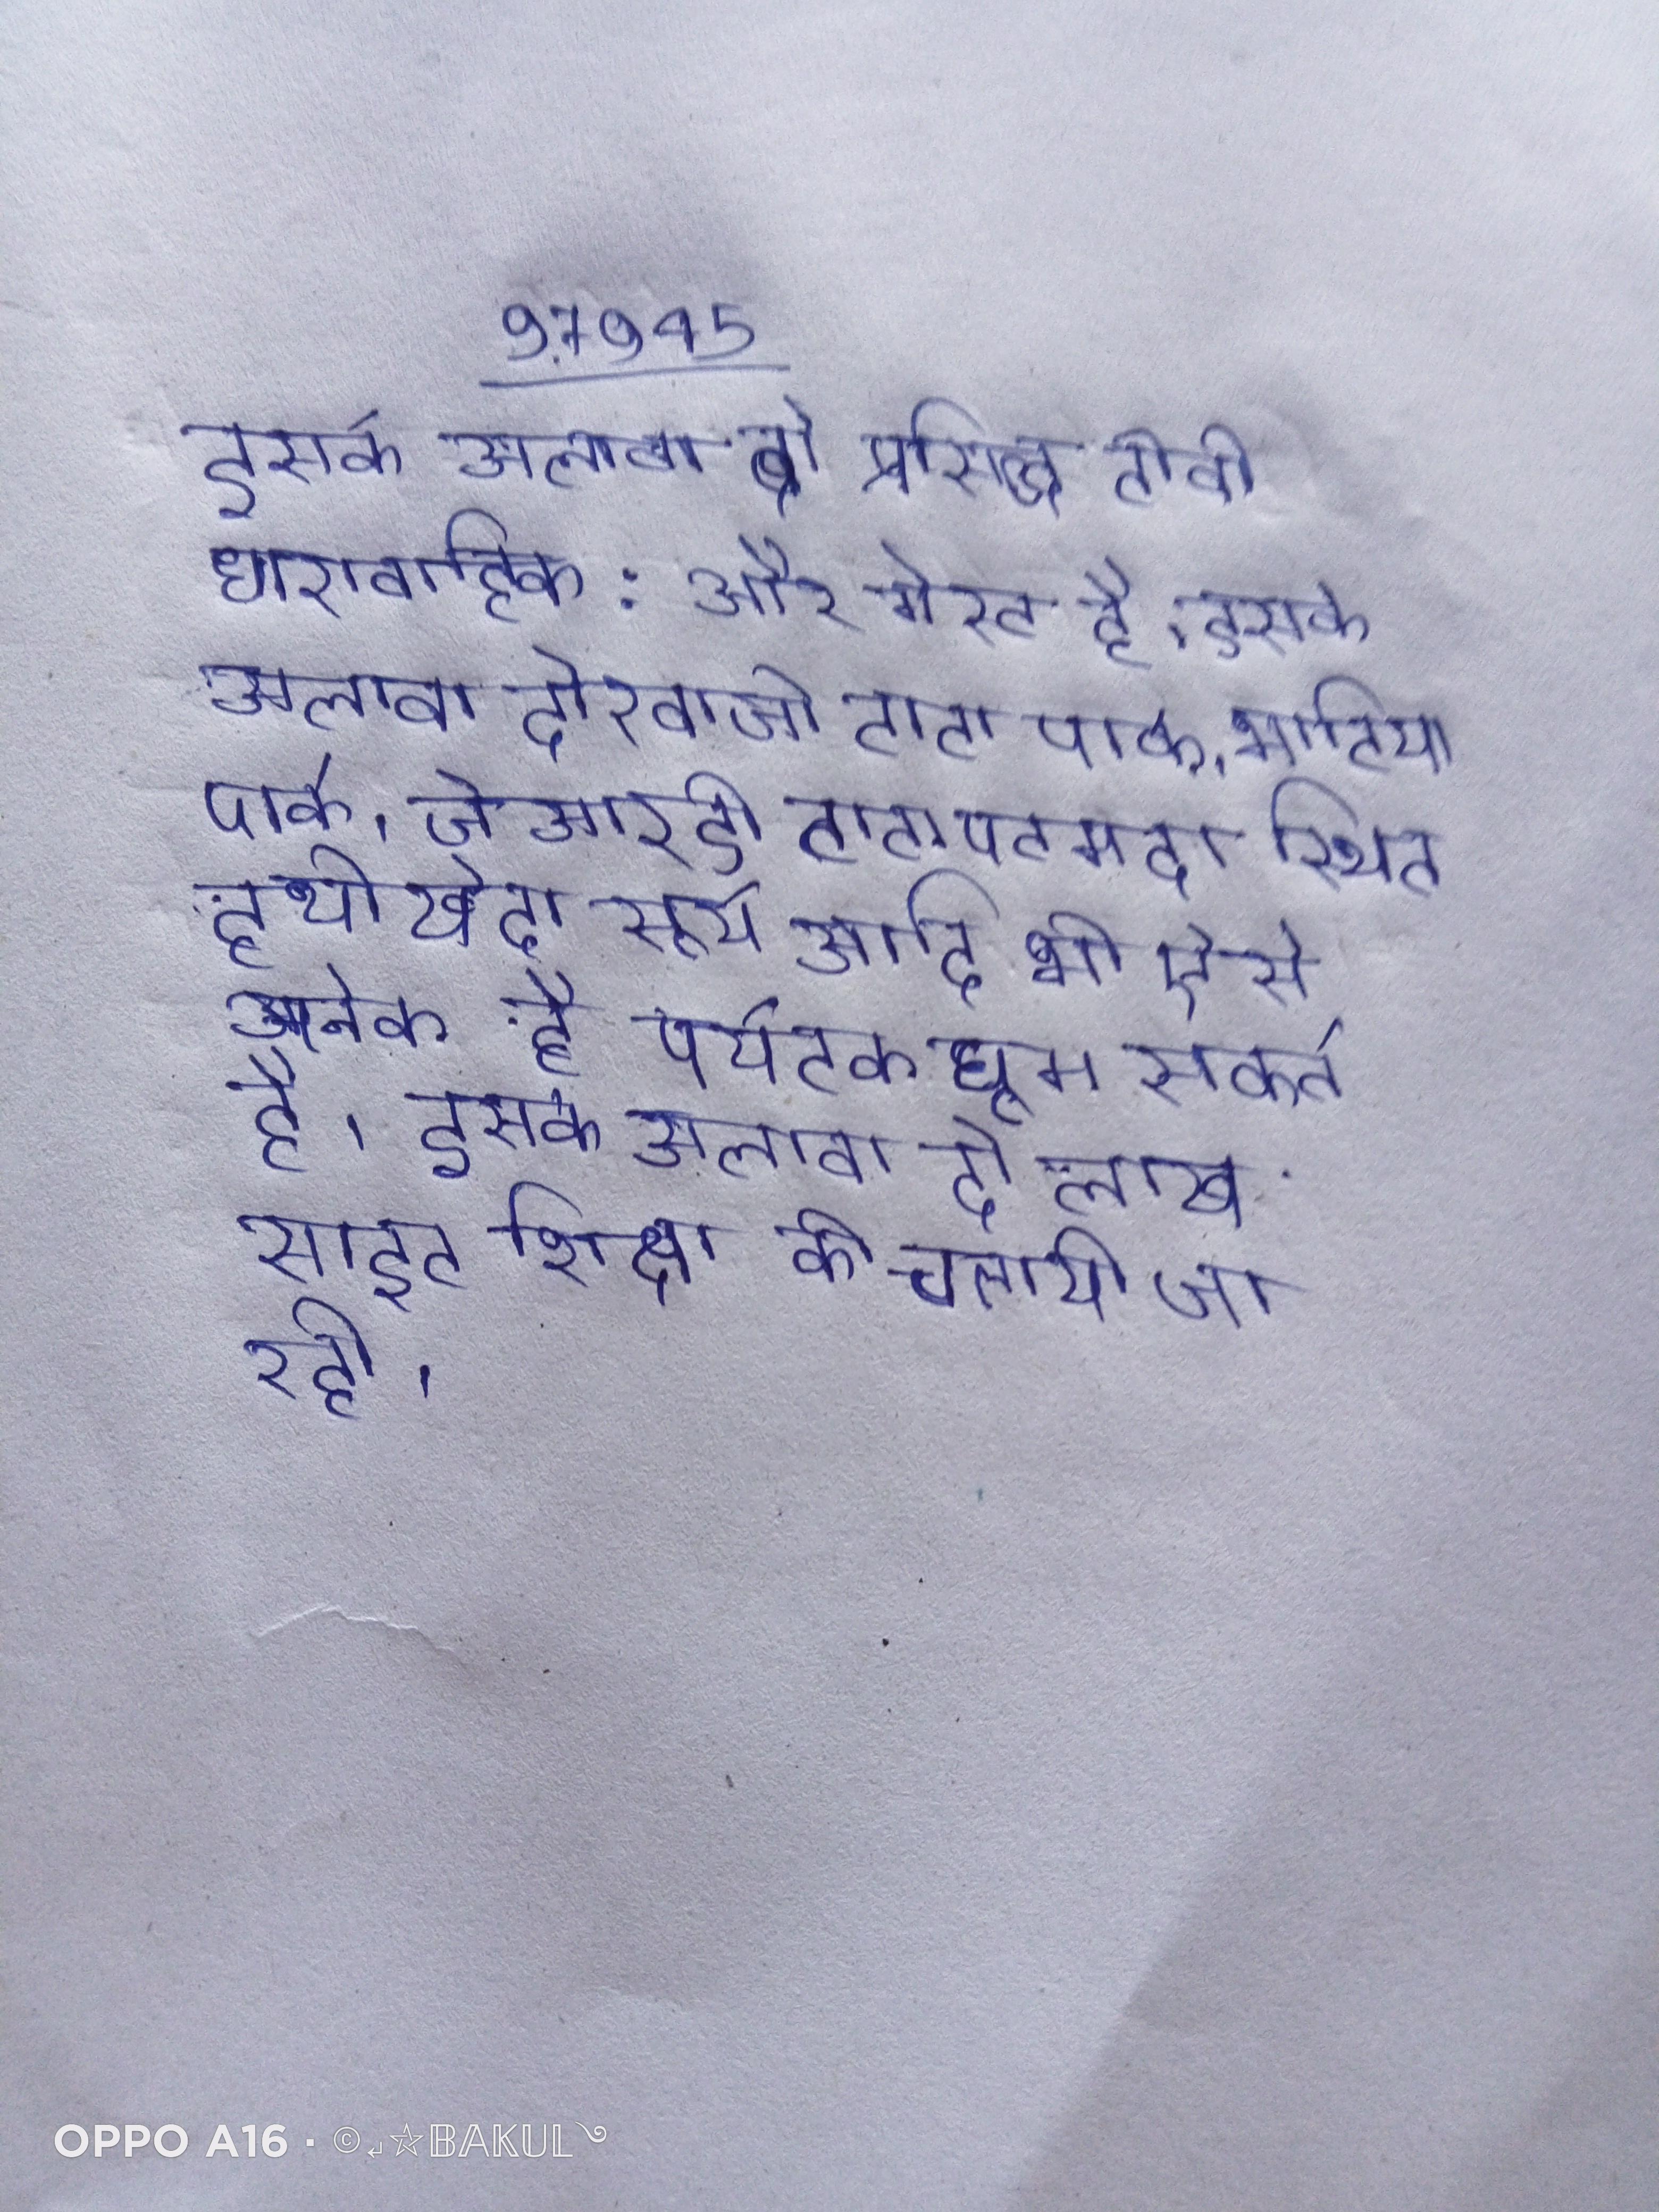
इसके अलावा दो प्रसिद्ध टीवी धारावाहिक: और गेस्ट है । इसके अलावा दोरवाजी टाटा पार्क, भाटिया पार्क, जेआरडी टाटा पटमदा स्थित हथीखेदा सूर्य आदि भी ऐसे अनेक है पर्यटक घूम सकते है । इसके अलावा दो लाख साइट शिक्षा की चलायी जा रही ।